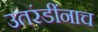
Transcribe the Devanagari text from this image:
उतरंडींनाच